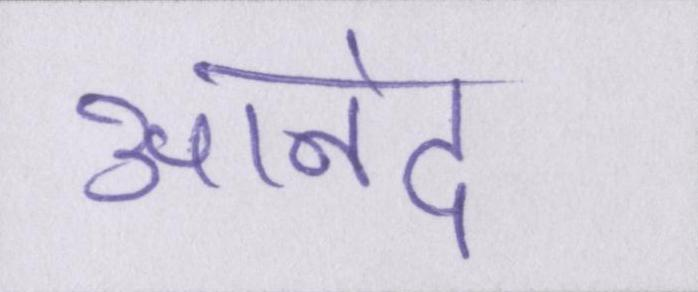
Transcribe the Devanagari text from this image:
आनंद